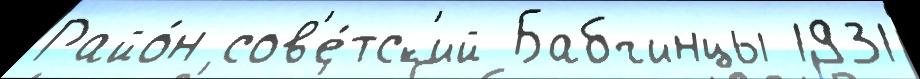
Райо́н сов'е́тск'ий Бабчинцы 1931